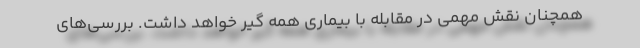
همچنان نقش مهمی در مقابله با بیماری همه گیر خواهد داشت. بررسی‌های